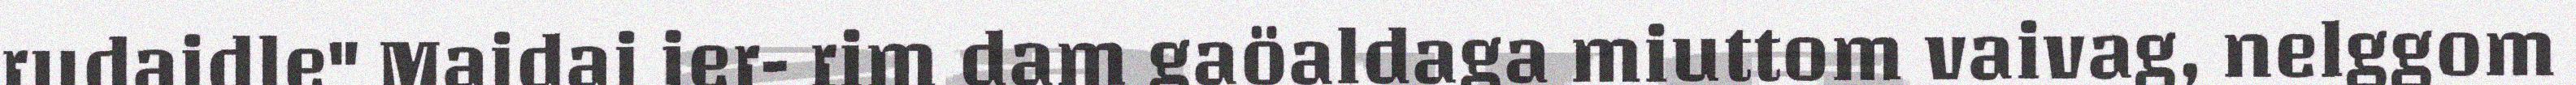
rudaidle" Maidai jer- rim dam gaöaldaga miuttom vaivag, nelggom